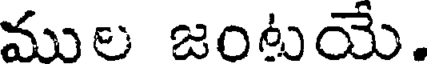
ముల జంటయే.